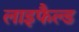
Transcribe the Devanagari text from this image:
लाइफैल्ड